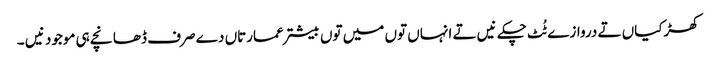
کھڑکیاں تے دروازے ٹُٹ چکے نیں تے انہاں تو‏ں میں تو‏ں بیشتر عمارتاں دے صرف ڈھانچے ہی موجود نیں ۔